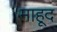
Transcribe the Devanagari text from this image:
माहूद